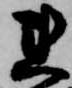
連